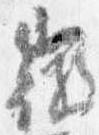
微